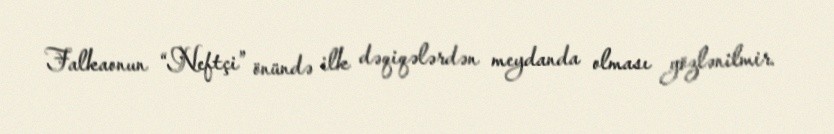
Falkaonun “Neftçi” önündə ilk dəqiqələrdən meydanda olması gözlənilmir.